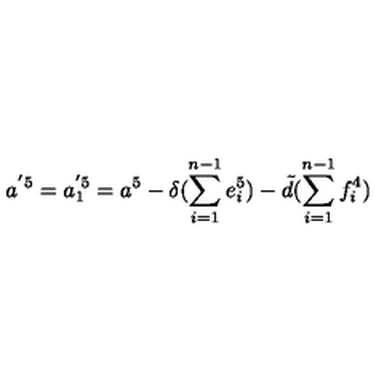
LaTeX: a ^ { ' 5 } = a _ { 1 } ^ { ' 5 } = a ^ { 5 } - \delta ( \sum _ { i = 1 } ^ { n - 1 } e _ { i } ^ { 5 } ) - \tilde { d } ( \sum _ { i = 1 } ^ { n - 1 } f _ { i } ^ { 4 } )